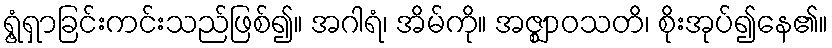
ရွံ့ရှာခြင်းကင်းသည်ဖြစ်၍။ အဂါရံ၊ အိမ်ကို။ အဇ္ဈာဝသတိ၊ စိုးအုပ်၍နေ၏။